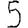
Digit: 5